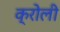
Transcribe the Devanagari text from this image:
क्रोली